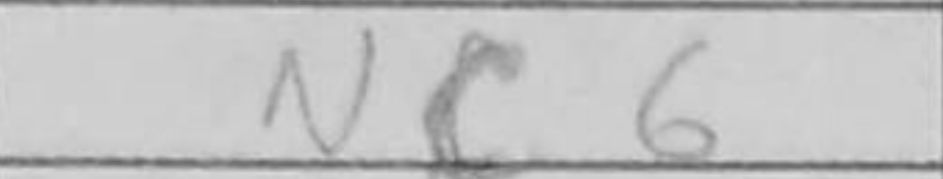
Transcription: Nc6